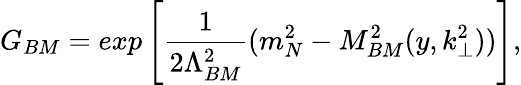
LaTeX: G_{BM}=exp\left[{\frac{1}{2\Lambda_{BM}^{2}}}(m_{N}^{2}-M_{BM}^{2}(y,k_{\perp}^{2}))\right],